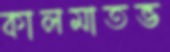
কালমাতভ